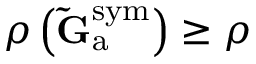
\rho \left( \mathbf { \tilde { G } } _ { \mathrm { a } } ^ { \mathrm { s y m } } \right) \geq \rho